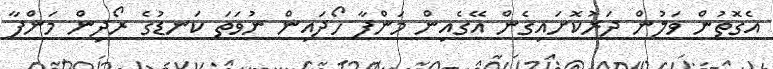
އެގޮތުން ވަލުން ދަަރުކޮށައިގެން އޭގެއިން މަންފާ ހޯދައިން ނުވަތަ ކަނޑުގެ ރޯދިން މަންފާ